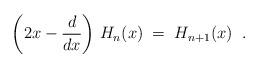
LaTeX: \begin{align*}\left(2x-\frac{d}{dx} \right) \, H_n(x) \;=\; H_{n+1}(x) \;\;.\end{align*}